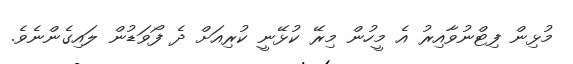
މުޅިން ފިޓްނުވާއިރު އެ މީހުން މިރޭ ކުޅޭނީ ކުރިއަށް ދެ ފޯވަޑުން ލައިގެންނެވެ.